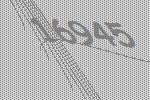
16945